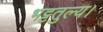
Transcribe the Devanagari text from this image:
भट्टतुल्य।